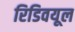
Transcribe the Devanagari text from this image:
रिडिवयूल